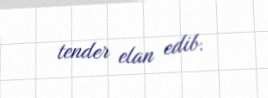
tender elan edib.